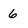
Character: 6